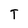
Character: T